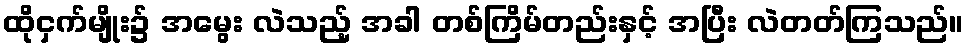
ထိုငှက်မျိုး၌ အမွေး လဲသည့် အခါ တစ်ကြိမ်တည်းနှင့် အပြီး လဲတတ်ကြသည်။